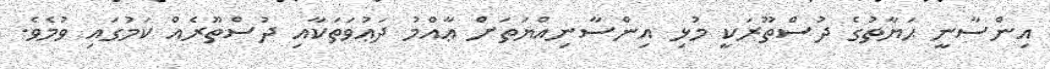
އިންސާނީ ޙަޔާތުގެ ދުސްތޫރަކީ މުޅި އިންސާނިއްޔަތަށް ޢާއްމު ދަޢުވަތަކާއި ދުސްތޫރެއް ކަމުގައި ވުމެވެ.